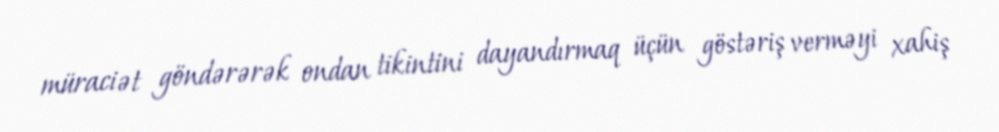
müraciət göndərərək ondan tikintini dayandırmaq üçün göstəriş verməyi xahiş